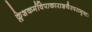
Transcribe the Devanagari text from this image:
क्लेशकर्मविपाकाराशयैरपरामृष्टः